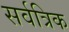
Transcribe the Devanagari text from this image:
सर्वत्रिक